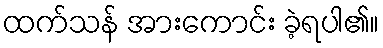
ထက်သန် အားကောင်း ခဲ့ရပါ၏။